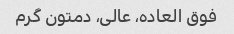
فوق العاده، عالی، دمتون گرم